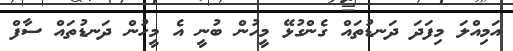
އަމިއްލަ މިފަދަ ދަނޑުތައް ގެންގުޅޭ މީހުން ބުނީ އެ މީހުން ދަނޑުތައް ސާފް